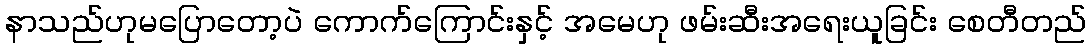
နာသည်ဟုမပြောတော့ပဲ ကောက်ကြောင်းနှင့် အမေဟု ဖမ်းဆီးအရေးယူခြင်း စေတီတည်